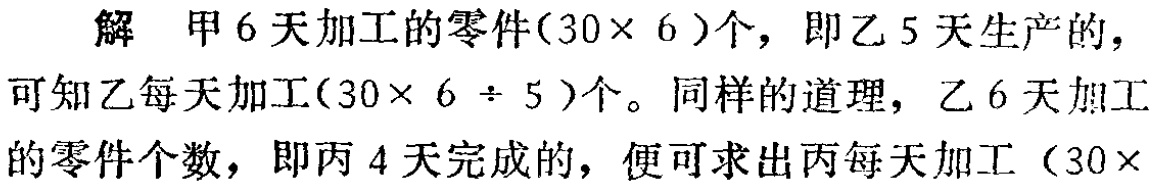
解 甲6天加工的零件\((30\times 6)\)个，即乙5天生产的，
可知乙每天加工\((30\times 6 \div 5)\)个。同样的道理，乙6天加工
的零件个数，即丙4天完成的，便可求出丙每天加工\((30\times \)